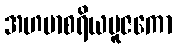
အဟမာစရိယပူဇကော